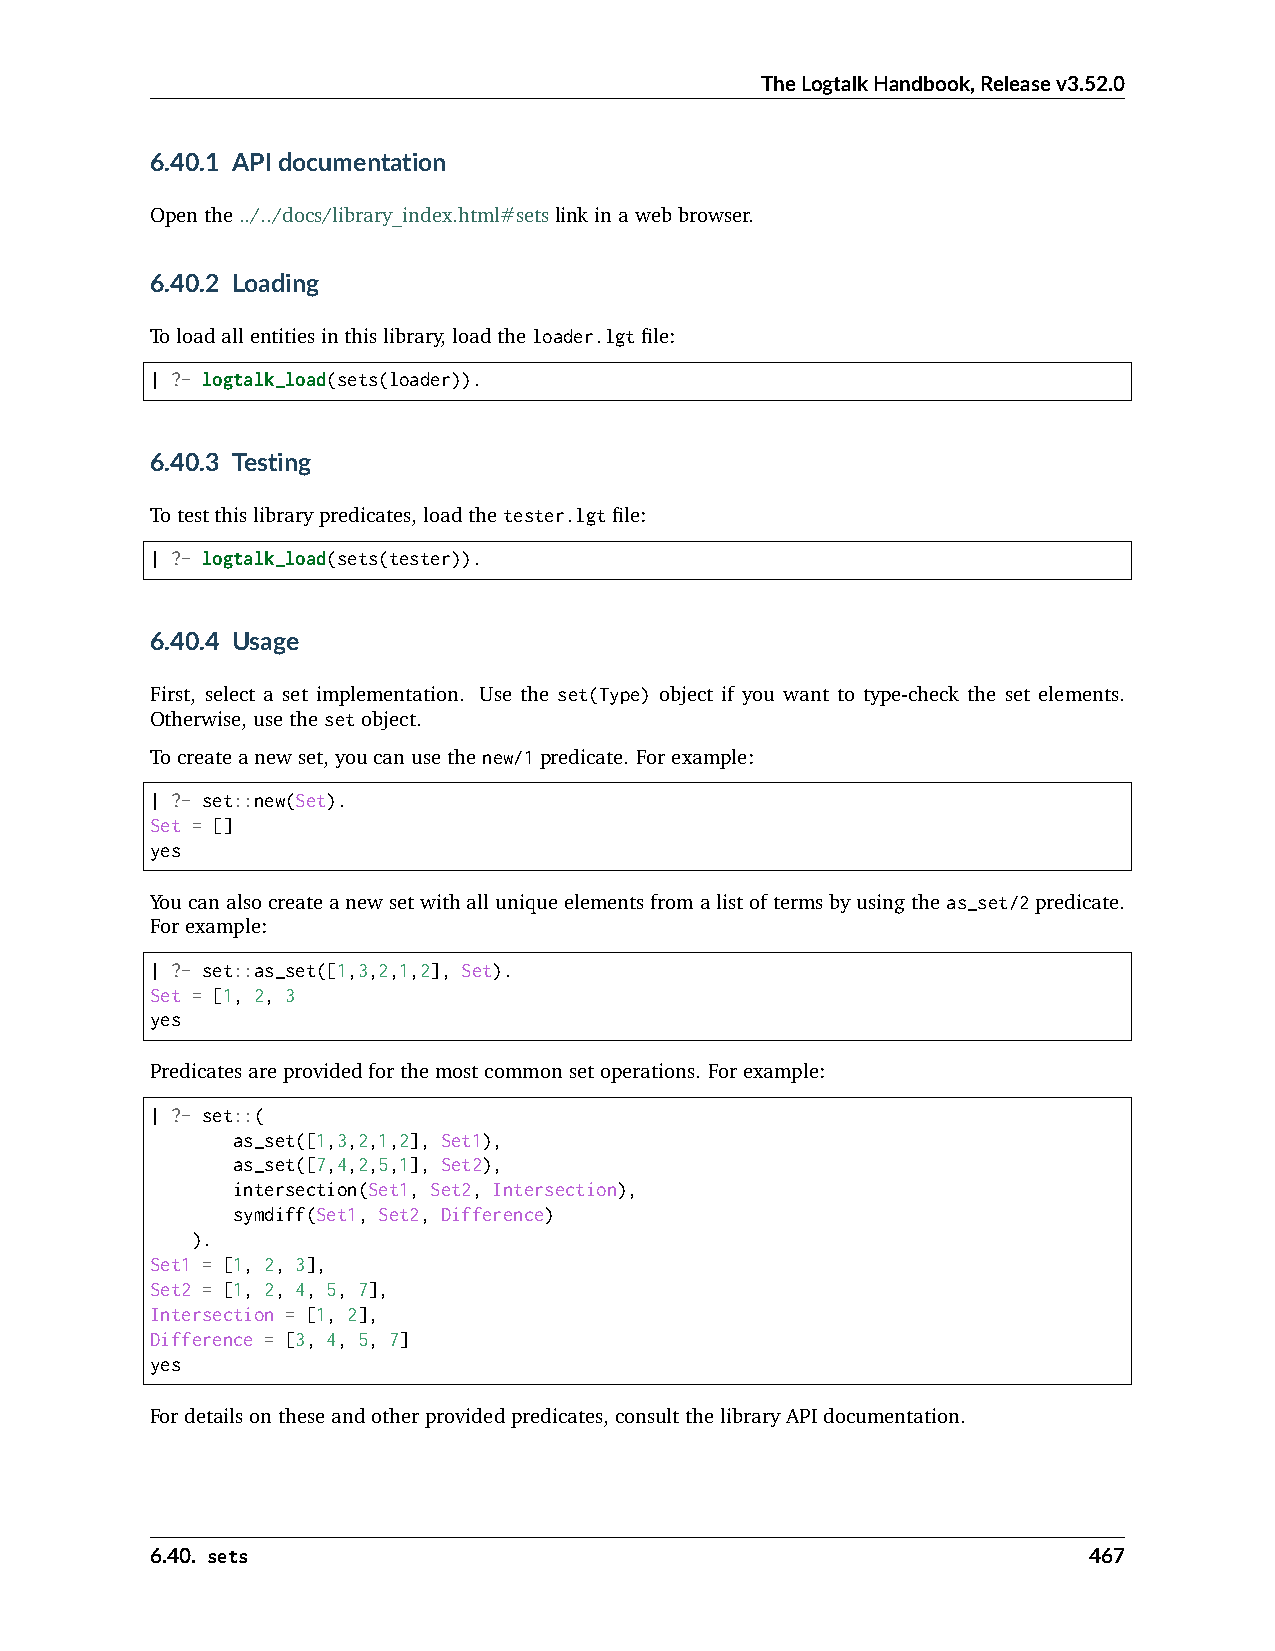
TheLogtalkHandbook,Releasev3.52.0
 6.40.1 APIdocumentation
 Openthe../../docs/library_index.html#setslinkinawebbrowser.
 6.40.2 Loading
 Toloadallentitiesinthislibrary,loadtheloader.lgtfile:
 | ?- logtalk_load(sets(loader)).
 6.40.3 Testing
 Totestthislibrarypredicates,loadthetester.lgtfile:
 | ?- logtalk_load(sets(tester)).
 6.40.4 Usage
 First, select a set implementation. Use the set(Type) object if you want to type-check the set elements.
 Otherwise,usethesetobject.
 Tocreateanewset,youcanusethenew/1predicate. Forexample:
 | ?- set::new(Set).
 Set = []
 yes
 Youcanalsocreateanewsetwithalluniqueelementsfromalistoftermsbyusingtheas_set/2predicate.
 Forexample:
 | ?- set::as_set([1,3,2,1,2], Set).
 Set = [1, 2, 3
 yes
 Predicatesareprovidedforthemostcommonsetoperations. Forexample:
 | ?- set::(
 as_set([1,3,2,1,2], Set1),
 as_set([7,4,2,5,1], Set2),
 intersection(Set1, Set2, Intersection),
 symdiff(Set1, Set2, Difference)
 ).
 Set1 = [1, 2, 3],
 Set2 = [1, 2, 4, 5, 7],
 Intersection = [1, 2],
 Difference = [3, 4, 5, 7]
 yes
 Fordetailsontheseandotherprovidedpredicates,consultthelibraryAPIdocumentation.
 6.40. sets                                                    467